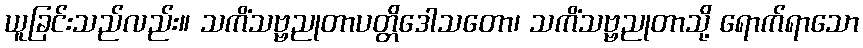
ယူခြင်းသည်လည်း။ သကိံသဗ္ဗညုတာပတ္တိဒေါသတော၊ သကိံသဗ္ဗညုတာသို့ ရောက်ရာသော